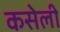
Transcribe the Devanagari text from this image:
कसेली